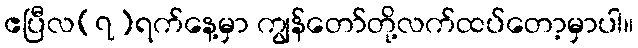
ဧပြီလ(၇)ရက်နေ့မှာ ကျွန်တော်တို့လက်ထပ်တော့မှာပါ။